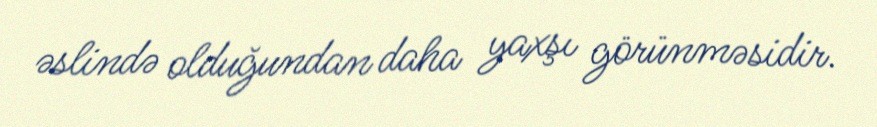
əslində olduğundan daha yaxşı görünməsidir.